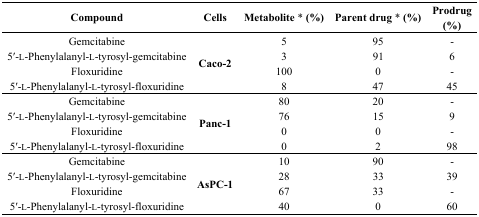
| Compound | Cells | Metabolite * (%) | Parent drug * (%) | Prodrug (%) |
 | --- | --- | --- | --- | --- |
 | Gemcitabine | <ROWSPAN=4> Caco-2 | 5 | 95 | - |
 | 5′-l-Phenylalanyl-l-tyrosyl-gemcitabine | 3 | 91 | 6 |
 | Floxuridine | 100 | 0 | - |
 | 5′-l-Phenylalanyl-l-tyrosyl-floxuridine | 8 | 47 | 45 |
 | Gemcitabine | <ROWSPAN=4> Panc-1 | 80 | 20 | - |
 | 5′-l-Phenylalanyl-l-tyrosyl-gemcitabine | 76 | 15 | 9 |
 | Floxuridine | 0 | 0 | - |
 | 5′-l-Phenylalanyl-l-tyrosyl-floxuridine | 0 | 2 | 98 |
 | Gemcitabine | <ROWSPAN=4> AsPC-1 | 10 | 90 | - |
 | 5′-l-Phenylalanyl-l-tyrosyl-gemcitabine | 28 | 33 | 39 |
 | Floxuridine | 67 | 33 | - |
 | 5′-l-Phenylalanyl-l-tyrosyl-floxuridine | 40 | 0 | 60 |